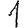
Digit: 1